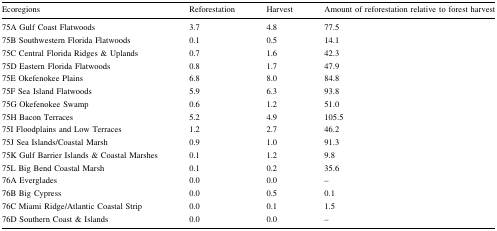
<table><thead><tr><td><b>Ecoregions</b></td><td><b>Reforestation</b></td><td><b>Harvest</b></td><td><b>Amount of reforestation relative to forest harvest</b></td></tr></thead><tbody><tr><td>75A Gulf Coast Flatwoods</td><td>3.7</td><td>4.8</td><td>77.5</td></tr><tr><td>75B Southwestern Florida Flatwoods</td><td>0.1</td><td>0.5</td><td>14.1</td></tr><tr><td>75C Central Florida Ridges &amp; Uplands</td><td>0.7</td><td>1.6</td><td>42.3</td></tr><tr><td>75D Eastern Florida Flatwoods</td><td>0.8</td><td>1.7</td><td>47.9</td></tr><tr><td>75E Okefenokee Plains</td><td>6.8</td><td>8.0</td><td>84.8</td></tr><tr><td>75F Sea Island Flatwoods</td><td>5.9</td><td>6.3</td><td>93.8</td></tr><tr><td>75G Okefenokee Swamp</td><td>0.6</td><td>1.2</td><td>51.0</td></tr><tr><td>75H Bacon Terraces</td><td>5.2</td><td>4.9</td><td>105.5</td></tr><tr><td>75I Floodplains and Low Terraces</td><td>1.2</td><td>2.7</td><td>46.2</td></tr><tr><td>75J Sea Islands/Coastal Marsh</td><td>0.9</td><td>1.0</td><td>91.3</td></tr><tr><td>75K Gulf Barrier Islands &amp; Coastal Marshes</td><td>0.1</td><td>1.2</td><td>9.8</td></tr><tr><td>75L Big Bend Coastal Marsh</td><td>0.1</td><td>0.2</td><td>35.6</td></tr><tr><td>76A Everglades</td><td>0.0</td><td>0.0</td><td>–</td></tr><tr><td>76B Big Cypress</td><td>0.0</td><td>0.5</td><td>0.1</td></tr><tr><td>76C Miami Ridge/Atlantic Coastal Strip</td><td>0.0</td><td>0.1</td><td>1.5</td></tr><tr><td>76D Southern Coast &amp; Islands</td><td>0.0</td><td>0.0</td><td>–</td></tr></tbody></table>